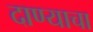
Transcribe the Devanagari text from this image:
दाण्याचा